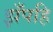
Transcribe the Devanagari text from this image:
झँपहि